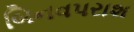
બિનવપરાશ